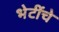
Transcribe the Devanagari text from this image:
भेटींचे